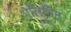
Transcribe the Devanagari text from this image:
ऐलिनिन